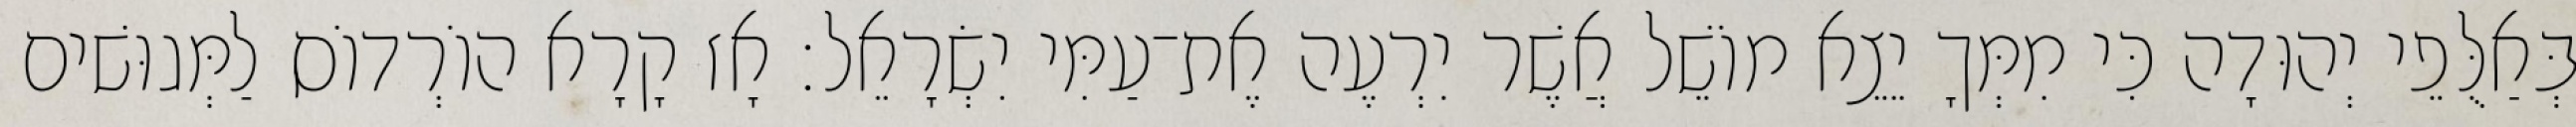
בְּאַלֻּפֵי יְהוּדָה כִּי מִמְּךָ יֵצֵא מוֹשֵׁל אֲשֶׁר יִרְעֶה אֶת־עַמִּי יִשְׂרָאֵל׃ אָז קָרָא הוֹרְדוֹס לַמְּגוּשׁים